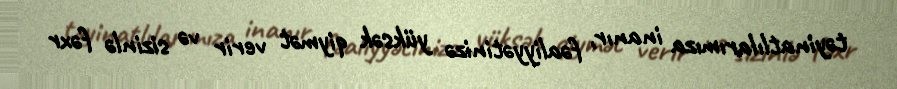
təyinatlılarımıza inanır, fəaliyyətinizə yüksək qiymət verir və sizinlə fəxr